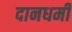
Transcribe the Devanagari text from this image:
दानधर्मी